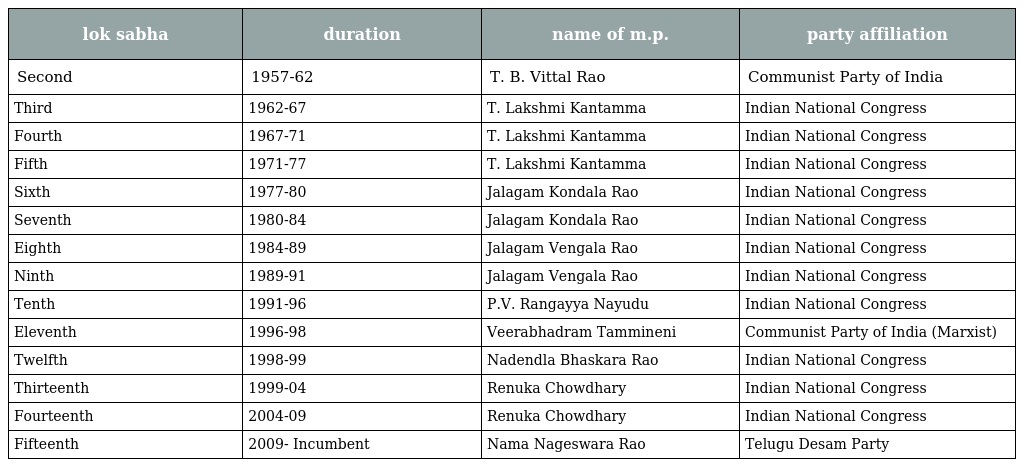
| lok sabha | duration | name of m.p. | party affiliation |
 | --- | --- | --- | --- |
 | Second | 1957-62 | T. B. Vittal Rao | Communist Party of India |
 | Third | 1962-67 | T. Lakshmi Kantamma | Indian National Congress |
 | Fourth | 1967-71 | T. Lakshmi Kantamma | Indian National Congress |
 | Fifth | 1971-77 | T. Lakshmi Kantamma | Indian National Congress |
 | Sixth | 1977-80 | Jalagam Kondala Rao | Indian National Congress |
 | Seventh | 1980-84 | Jalagam Kondala Rao | Indian National Congress |
 | Eighth | 1984-89 | Jalagam Vengala Rao | Indian National Congress |
 | Ninth | 1989-91 | Jalagam Vengala Rao | Indian National Congress |
 | Tenth | 1991-96 | P.V. Rangayya Nayudu | Indian National Congress |
 | Eleventh | 1996-98 | Veerabhadram Tammineni | Communist Party of India (Marxist) |
 | Twelfth | 1998-99 | Nadendla Bhaskara Rao | Indian National Congress |
 | Thirteenth | 1999-04 | Renuka Chowdhary | Indian National Congress |
 | Fourteenth | 2004-09 | Renuka Chowdhary | Indian National Congress |
 | Fifteenth | 2009- Incumbent | Nama Nageswara Rao | Telugu Desam Party |